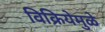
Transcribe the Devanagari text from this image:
विक्रियेमुळे